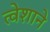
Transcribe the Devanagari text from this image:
त्वेशाने